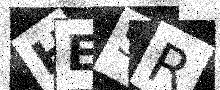
Text: HESR